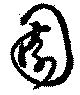
園